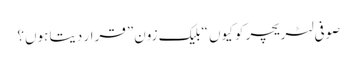
صوفی لٹریچر کو کیوں “بلیک زون” قرار دیتا ہوں؟